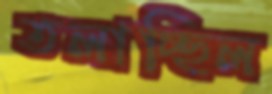
তলাচ্ছিল